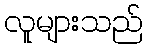
လူများသည်